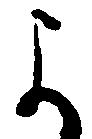
よ